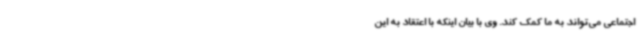
اجتماعی می‌تواند به ما کمک کند. وی با بیان اینکه با اعتقاد به این